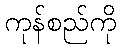
ကုန်စည်ကို